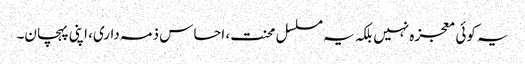
یہ کوئی معجزہ نہیں بلکہ یہ مسلسل محنت، احساس ذمہ داری، اپنی پہچان۔